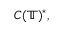
C ( \mathbb { T } ) ^ { \ast } ,